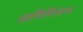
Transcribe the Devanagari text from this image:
ध्वनिनियंत्रण